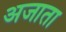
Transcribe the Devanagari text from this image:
अजाता